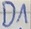
Text: D1